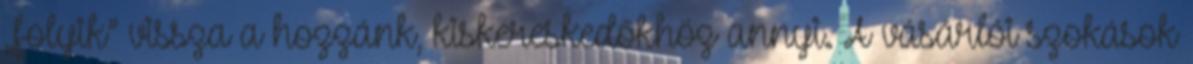
„folyik” vissza a hozzánk, kiskereskedőkhöz annyi. A vásárlói szokások